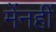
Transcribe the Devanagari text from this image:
मेंनहीं